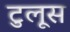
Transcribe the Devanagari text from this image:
टुलूस